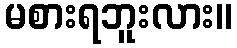
မစားရဘူးလား။